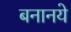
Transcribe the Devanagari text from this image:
बनानये